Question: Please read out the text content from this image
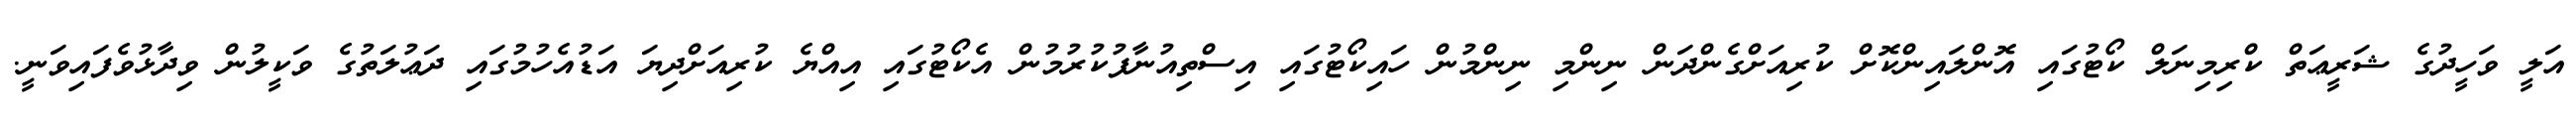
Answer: އަލީ ވަހީދުގެ ޝަރީޢަތް ކްރިމިނަލް ކޯޓުގައި އޮންލައިންކޮށް ކުރިއަށްގެންދަން ނިންމި ނިންމުން ހައިކޯޓުގައި އިސްތިއުނާފުކުރުމުން އެކޯޓުގައި އިއްޔެ ކުރިއަށްދިޔަ އަޑުއެހުމުގައި ދަޢުލަތުގެ ވަކީލުން ވިދާޅުވެފައިވަނީ.